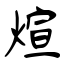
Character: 煊